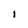
Character: l